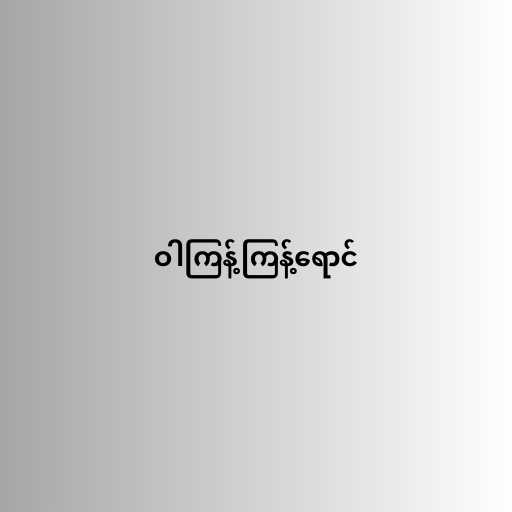
ဝါကြန့်ကြန့်ရောင်